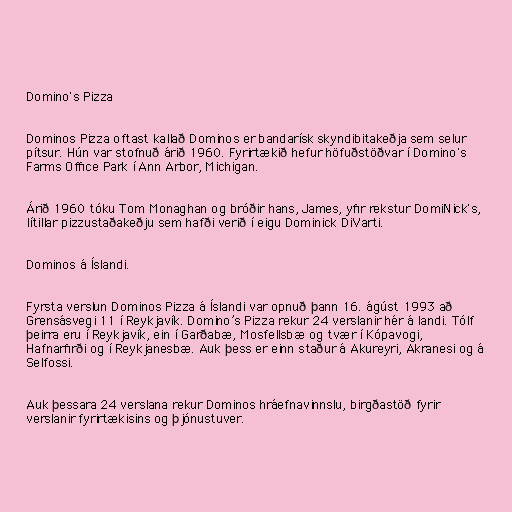
Domino's Pizza

Dominos Pizza oftast kallað Dominos er bandarísk skyndibitakeðja sem selur
pítsur. Hún var stofnuð árið 1960. Fyrirtækið hefur höfuðstöðvar í Domino's
Farms Office Park í Ann Arbor, Michigan.

Árið 1960 tóku Tom Monaghan og bróðir hans, James, yfir rekstur DomiNick's,
lítillar pizzustaðakeðju sem hafði verið í eigu Dominick DiVarti.

Dominos á Íslandi.

Fyrsta verslun Dominos Pizza á Íslandi var opnuð þann 16. ágúst 1993 að
Grensásvegi 11 í Reykjavík. Domino’s Pizza rekur 24 verslanir hér á landi. Tólf
þeirra eru í Reykjavík, ein í Garðabæ, Mosfellsbæ og tvær í Kópavogi,
Hafnarfirði og í Reykjanesbæ. Auk þess er einn staður á Akureyri, Akranesi og á
Selfossi.

Auk þessara 24 verslana rekur Dominos hráefnavinnslu, birgðastöð fyrir
verslanir fyrirtækisins og þjónustuver.